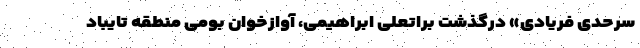
سرحدی فریادی» درگذشت براتعلی ابراهیمی، آوازخوان بومی منطقه تایباد